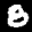
Label: 8